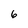
Character: 6